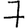
Digit: 7